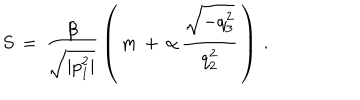
S \, = \, \frac { \beta } { \sqrt { | p _ { 1 } ^ { 2 } | } } \, \left( \, m \, + \, \alpha \, \frac { \sqrt { - q _ { 3 } ^ { 2 } } } { q _ { 2 } ^ { 2 } } \, \right) \, { . }